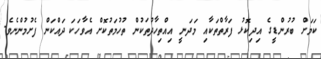
ކަމަށް ބުރުންޑީގެ އިދިކޮޅު ފަރާތްތަކާއި މަދަނީ އިއްތިހާދުތަކުން ތުހުމަތުކޮށް އެވާހަކަ ދައްކަން ފެށުމުންނެވެ.